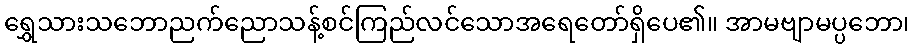
ရွှေသားသဘောညက်ညောသန့်စင်ကြည်လင်သောအရေတော်ရှိပေ၏။ အာမဗျာမပ္ပဘော၊